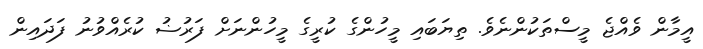
އީމާން ވެއްޖެ މީސްތަކުންނެވެ. ތިޔަބައި މީހުންގެ ކުރީގެ މީހުންނަށް ފަރުޟު ކުރެއްވުނު ފަދައިން